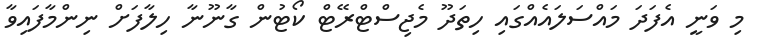
މި ވަނީ އެފަދަ މައްސަލައެއްގައި ހިތަދޫ މެޖިސްޓްރޭޓް ކޯޓުން ގާނޫނާ ހިލާފަށް ނިންމާފައިވާ